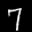
Label: 7